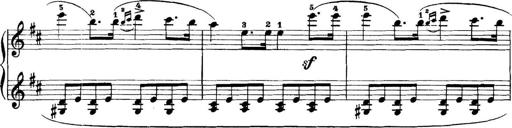
Title: 11 Sonatinas
Composer: Anton Diabelli